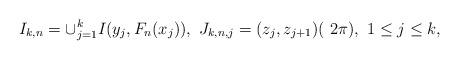
LaTeX: \begin{align*}I_{k,n}= \cup_{j=1}^kI(y_j, F_n(x_j)),\ J_{k,n,j}=(z_j,z_{j+1})(\ 2\pi),\ 1\leq j\leq k,\end{align*}